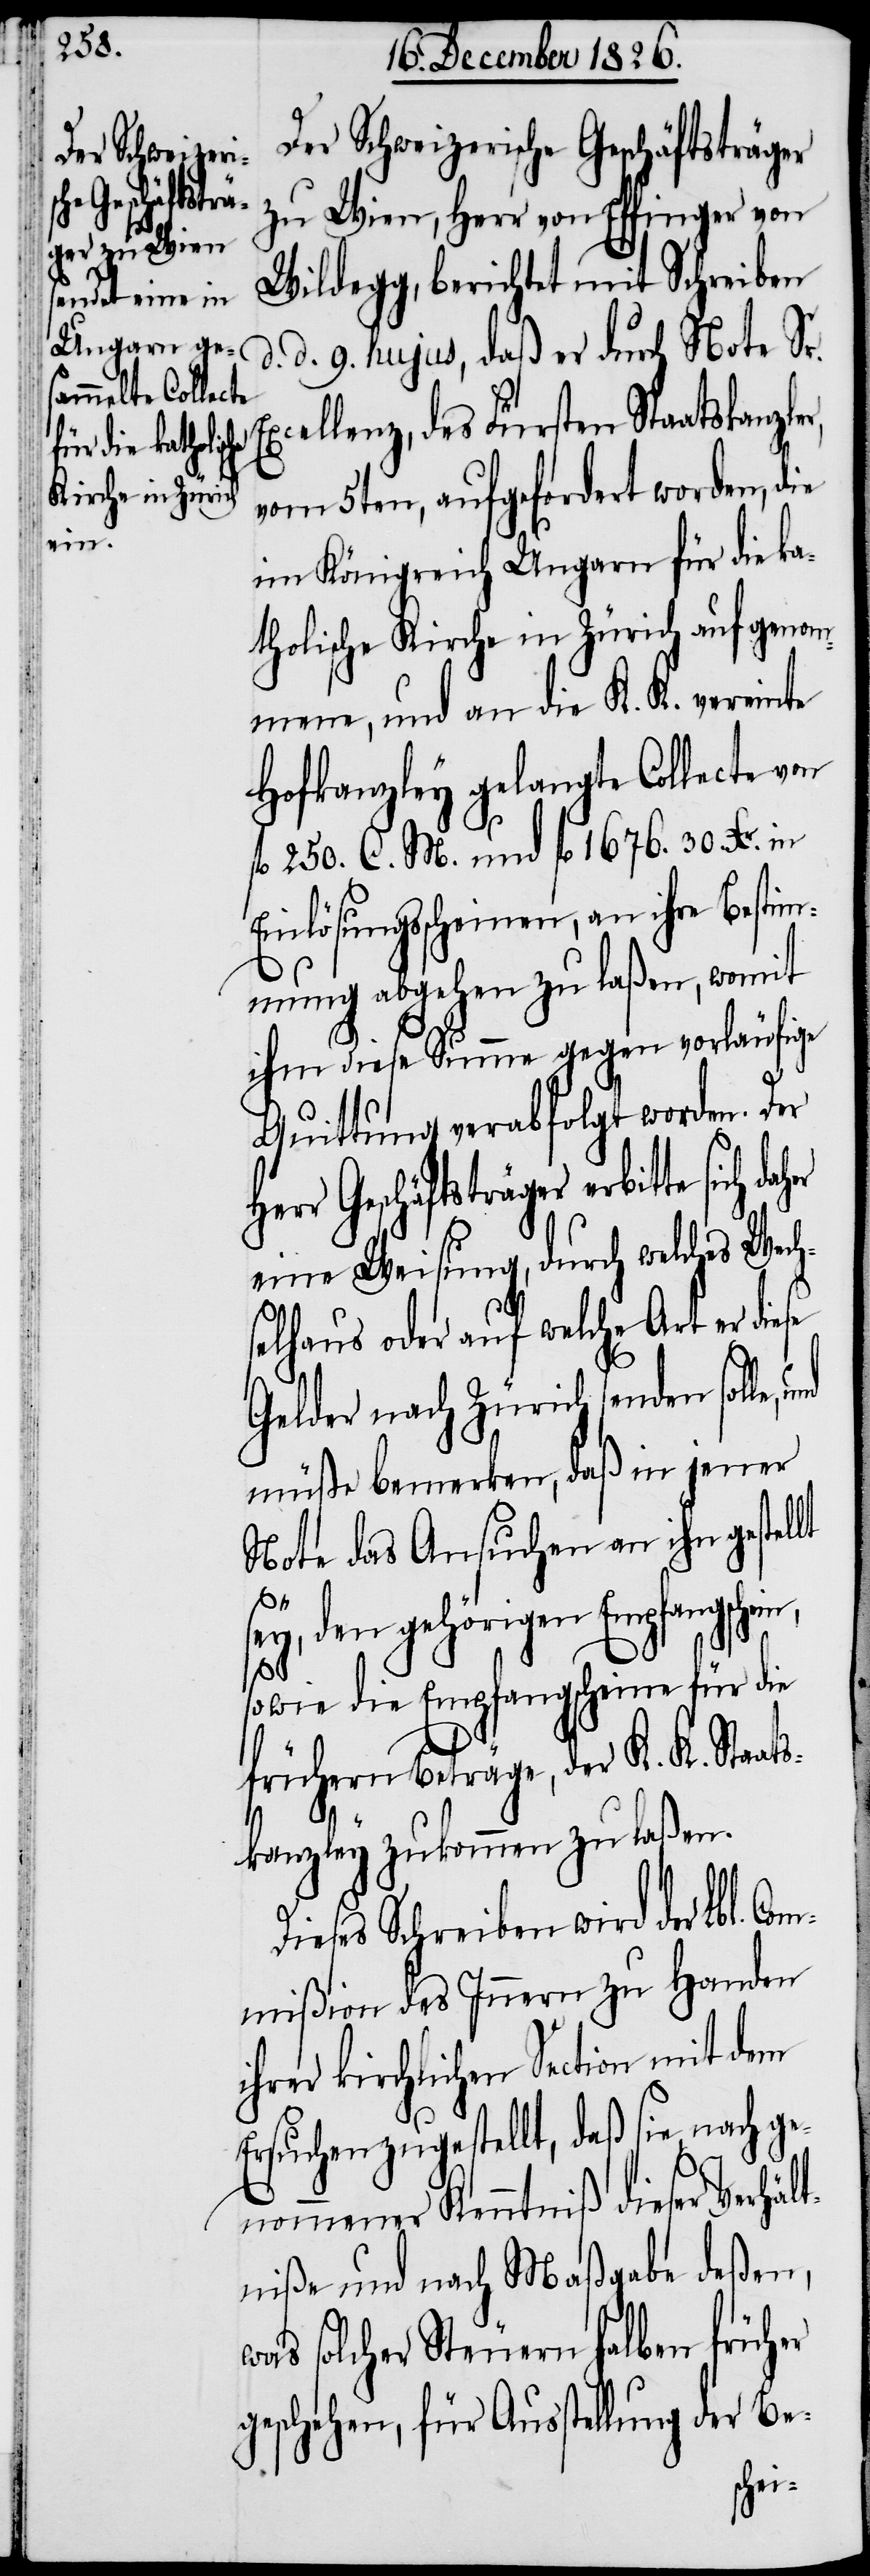
ein,

Der Schweizerische Geschäftsträger
zu Wien, Herr von Effinger von
Wildegg, berichtet mit Schreiben
d. 9. hujus, daß er durch Note Sr.
cellenz, des Fürsten Staatskanzle¬
vom 5ten, aufgefordert worden, die
im Königreich Ungarn für die ka¬
tholische Kirche in Zürich aufgenom¬
mene, und an die K. K. vereinte
Hofkanzley gelangte Collecte von
fl. 250. C. M. und fl. 1676. 30. Xr. in
Einlösungsscheinen, an ihre Besti¬
mmung abgehen zu laßen, womit
ihm diese Summe gegen vorläufige
Quittung verabfolgt worden. Der
Geschäftsträger erbitte sich
eine Weisung, durch welches Wech¬
selhaus oder auf welche Art er diese
Gelder nach Zürich senden solle,
müße bemerken, daß in jener
Note das Ansuchen an ihn gestellt
om¬
sey, den gehörigen Empfangsch¬
sowie die Empfangscheine für die
frühern Beträge, der K. K. Staats¬
kanzley zukommen zu laßen.
Dieses Schreiben wird der Lbl. C¬
mißion des Innern zu Handen
ihrer kirchlichen Section mit dem
Ersuchen zugestellt, daß sie nach ge¬
nommener Kenntniß dieser Verhält¬
niße und nach Maßgabe deßen,
was solcher Steuern halben früher
geschehen, für Ausstellung der Be-